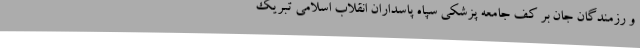
و رزمندگان جان بر کف جامعه پزشکی سپاه پاسداران انقلاب اسلامی تبریک